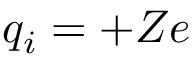
q _ { i } = + Z e